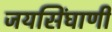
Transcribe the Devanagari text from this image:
जयसिंघाणी